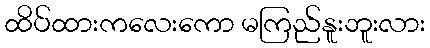
ထိပ်ထားကလေးကော မကြည်နူးဘူးလား